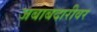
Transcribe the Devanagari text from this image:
जबाबदारीवर